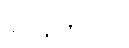
ရှိနေတာပါ။